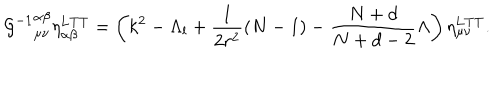
{ { \cal G } ^ { - 1 } } _ { \mu \nu } ^ { \alpha \beta } \eta _ { \alpha \beta } ^ { \mathrm { L T T } } = \left( k ^ { 2 } - \Lambda _ { l } + \frac { 1 } { 2 r ^ { 2 } } ( N - 1 ) - \frac { N + d } { N + d - 2 } \Lambda \right) \eta _ { \mu \nu } ^ { \mathrm { L T T } } .